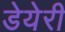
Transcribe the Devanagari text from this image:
डेयेरी